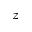
z